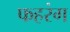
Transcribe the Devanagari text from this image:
फहरंग